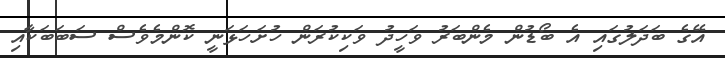
އޭގެ ބަދަލުގައި އެ ބޯޑުން މެންބަރު ވަހީދު ވަކިކުރަން ހުށަހަޅަނީ ކޮންމެވެސް ސަބަބަކާއި